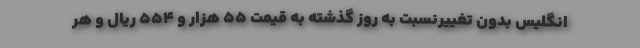
انگلیس بدون تغییرنسبت به روز گذشته به قیمت ۵۵ هزار و ۵۵۴ ریال و هر